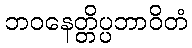
ဘဝနေတ္တိပ္ပဘာဝိတံ